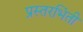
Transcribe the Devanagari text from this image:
प्रस्तरभिंती